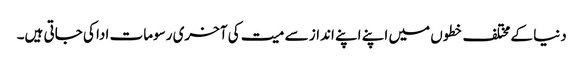
دنیا کے مختلف خطوں میں اپنے اپنے انداز سے میت کی آخری رسومات ادا کی جاتی ہیں۔